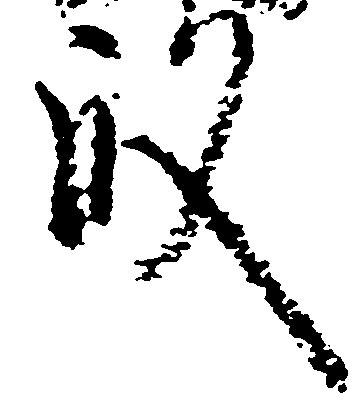
殿